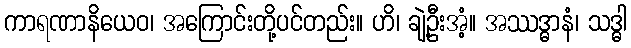
ကာရဏာနိယေဝ၊ အကြောင်းတို့ပင်တည်း။ ဟိ၊ ချဲ့ဦးအံ့။ အဿဒ္ဓာနံ၊ သဒ္ဓါ